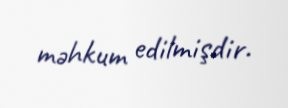
məhkum edilmişdir.